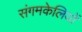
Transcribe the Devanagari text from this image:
संगमकेलियों